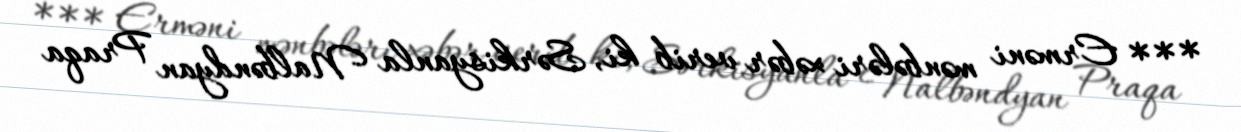
*** Erməni mənbələri xəbər verib ki, Sərkisyanla Nalbəndyan Praqa